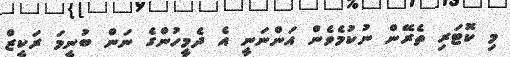
މި ކޮޓަރި ތެރޭން ނުކުމެވެން އަންނަނީ އެ ދެމީހުންގެ ނަން ބުނީމަ ރަކީޒް